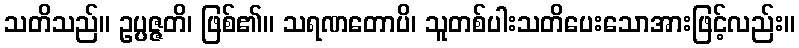
သတိသည်။ ဥပ္ပဇ္ဇတိ၊ ဖြစ်၏။ သရဏတောပိ၊ သူတစ်ပါးသတိပေးသောအားဖြင့်လည်း။